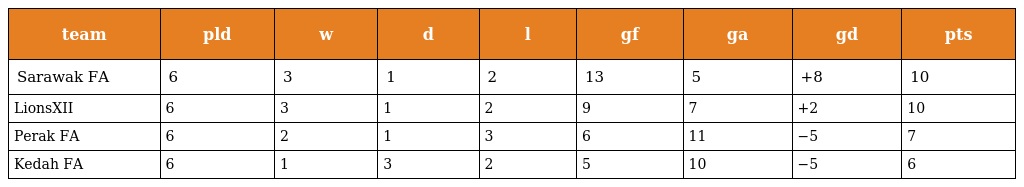
| team | pld | w | d | l | gf | ga | gd | pts |
 | --- | --- | --- | --- | --- | --- | --- | --- | --- |
 | Sarawak FA | 6 | 3 | 1 | 2 | 13 | 5 | +8 | 10 |
 | LionsXII | 6 | 3 | 1 | 2 | 9 | 7 | +2 | 10 |
 | Perak FA | 6 | 2 | 1 | 3 | 6 | 11 | −5 | 7 |
 | Kedah FA | 6 | 1 | 3 | 2 | 5 | 10 | −5 | 6 |